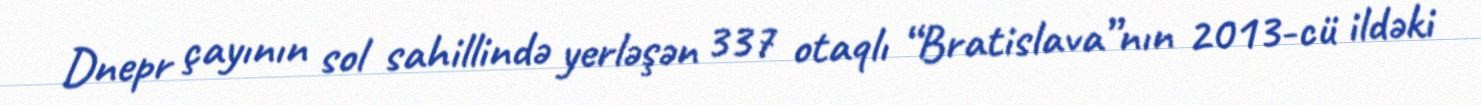
Dnepr çayının sol sahillində yerləşən 337 otaqlı “Bratislava”nın 2013-cü ildəki